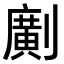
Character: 𠠎